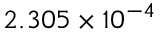
2 . 3 0 5 \times 1 0 ^ { - 4 }